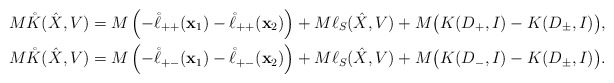
\begin{align*}&M\mathring{K}(\hat{X},V)=M\left(-\mathring{\ell}_{++}(\mathbf{x}_1)-\mathring{\ell}_{++}(\mathbf{x}_2)\right)+M\ell_S(\hat{X},V)+M\big(K(D_{+},I)-K(D_{\pm},I)\big), \\&M\mathring{K}(\hat{X},V)= M\left(-\mathring{\ell}_{+-}(\mathbf{x}_1)-\mathring{\ell}_{+-}(\mathbf{x}_2)\right)+M\ell_S(\hat{X},V)+M\big(K(D_{-},I)-K(D_{\pm},I)\big). \end{align*}